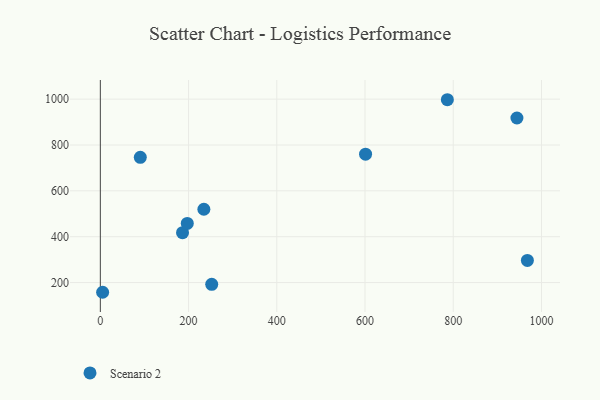
{"axis": {"x": "Ad Spend", "y": "Exam Score"}, "legend": ["Scenario 2"], "data": [{"x": "601.2", "y": 760.0, "type": "Scenario 2"}, {"x": "5.2", "y": 157.6, "type": "Scenario 2"}, {"x": "186.3", "y": 417.6, "type": "Scenario 2"}, {"x": "90.6", "y": 746.3, "type": "Scenario 2"}, {"x": "197.1", "y": 458.1, "type": "Scenario 2"}, {"x": "786.6", "y": 997.4, "type": "Scenario 2"}, {"x": "944.3", "y": 917.7, "type": "Scenario 2"}, {"x": "252.5", "y": 192.2, "type": "Scenario 2"}, {"x": "968.0", "y": 296.3, "type": "Scenario 2"}, {"x": "234.7", "y": 519.7, "type": "Scenario 2"}]}